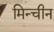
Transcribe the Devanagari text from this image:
मिन्चीन